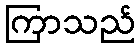
ကြာသည်